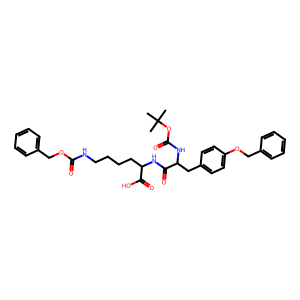
SMILES: CC(C)(C)OC(=O)NC(Cc1ccc(OCc2ccccc2)cc1)C(=O)NC(CCCCNC(=O)OCc1ccccc1)C(=O)O
Inhibits HIV replication: No